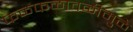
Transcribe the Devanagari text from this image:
फळफळावळीमुळे